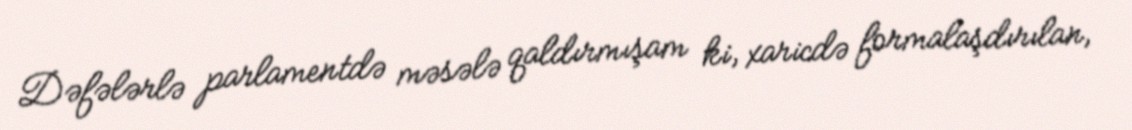
Dəfələrlə parlamentdə məsələ qaldırmışam ki, xaricdə formalaşdırılan,